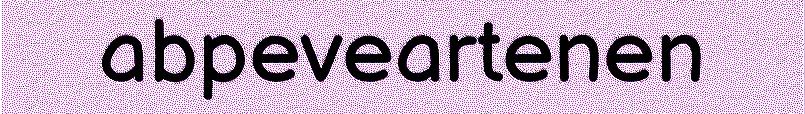
abpeveartenen